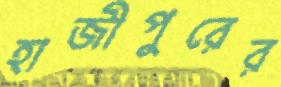
হাজীপুরের